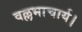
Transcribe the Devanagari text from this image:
वल्लभाचार्य।